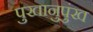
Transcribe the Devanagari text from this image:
पुखानुपुंख